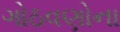
ગોઠવણોના